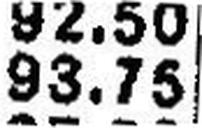
93.75